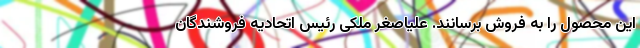
این محصول را به فروش برسانند. علیاصغر ملکی رئیس اتحادیه فروشندگان